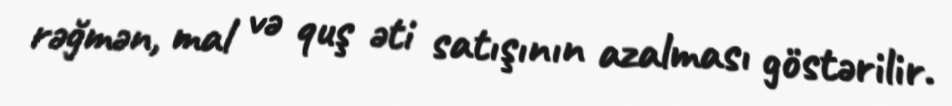
rəğmən, mal və quş əti satışının azalması göstərilir.